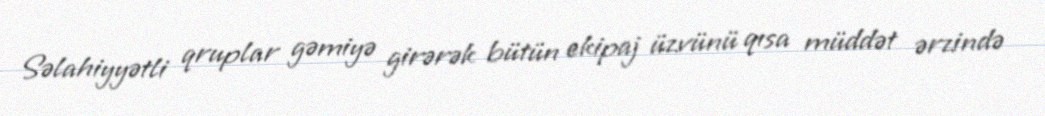
Səlahiyyətli qruplar gəmiyə girərək bütün ekipaj üzvünü qısa müddət ərzində